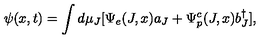
\psi ( x , t ) = \int d \mu _ { J } [ \Psi _ { e } ( J , x ) a _ { J } + \Psi _ { p } ^ { c } ( J , x ) b _ { J } ^ { \dagger } ] ,